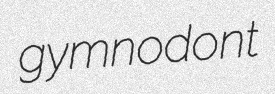
gymnodont